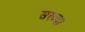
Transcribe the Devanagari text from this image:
सरव्या